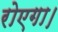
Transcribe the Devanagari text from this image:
रोएगा।